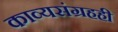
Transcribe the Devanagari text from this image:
काव्यसंग्रहही